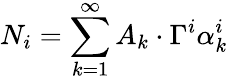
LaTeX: N_{i}=\sum_{k=1}^{\infty}A_{k}\cdot\Gamma^{i}\alpha_{k}^{i}